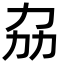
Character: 劦